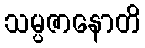
သမ္ပဇာနောတိ